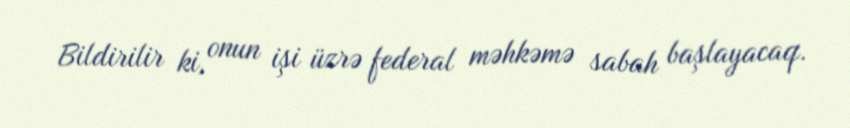
Bildirilir ki, onun işi üzrə federal məhkəmə sabah başlayacaq.